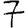
Digit: 7